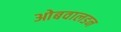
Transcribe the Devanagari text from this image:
ओबवालडन